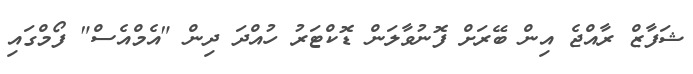
ޝަފާޒް ރާއްޖެ އިން ބޭރަށް ފޮނުވާލަން ޑޮކްޓަރު ހުއްދަ ދިން "އެމްއެސް" ފޯމްގައި